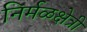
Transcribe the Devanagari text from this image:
निर्मळक्षेत्री